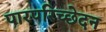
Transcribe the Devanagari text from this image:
पारपरिच्छेदन